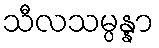
သီလသမ္ပန္နာ